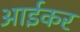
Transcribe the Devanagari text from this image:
आईकर